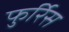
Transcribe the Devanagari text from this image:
फुर्रिेस